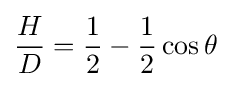
{\frac {H}{D}}={\frac {1}{2}}-{\frac {1}{2}}\cos \theta